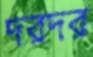
দরদর